Scottish Leaving Certificate Examination, 1958
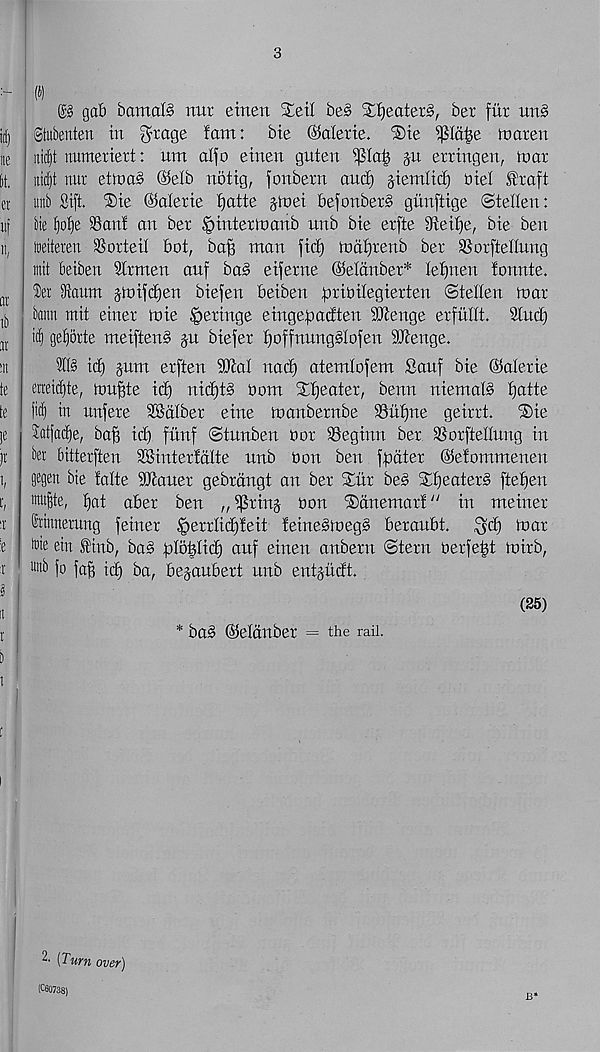
3
(f)
gab bamaB mtr eirtett STeil be§ Xf)eater§, ber fur urB
gtubenten in
bte ©alette. ®ie i|3Ia|e tnaren
ntcf)t numeriert: um alfo etnen guten
ju erringen, tear
itidjt nur ettnaS ©elb notig, fonbern and) giemlid^ oiel l^raft
unb Sift. ®ie Valerie t)atte jtnei befonbeB gunftige ©tellen:
tie t)ot)e Sant an ber tpinter>nanb unb bie erfte 9teit)e, bie ben
iDeiteren Sorteil bot, ba^ man fid) Bdtjrenb ber Sorftedung
mit beiben Strmen auf ba§ eiferne ©eldnber* letmen tonnte.
®er iRaum jtoifdjen biefen beiben fuioilegierten ©tellen mar
baitn mit einer toie ^eringe eingefoadten SJtenge erfultt. 2lui^
gef)6rte meiften§ ju biefer f)offnung§Iofen SDRenge.
?([§ id) jam erften 93tat nad) atemlofem Sauf bie ©alerie
eneidjte, tou^te id) nid)t§ Oom Xtjeater, benn niemaB tjatte
fid) in unfere SSdtber eine toanbernbe Siitjne geirrt.
®ie
Jatfad^e, ba^ id) fiinf ©tunben Oor Seginn ber Sorfteltung in
ber bitterften SSintertdlte unb oon ben fpdter ©etommenen
gegen bte talte ibiauer gebrdngt an ber Xiir bes Xt)eaters ftefien
wuite, fjat aber ben „if?rinj oon iSdnemart^ in meiner
Srimtemng feiner |)errlid)teit !eine§toeg§ beraubt.
$d) toar
it)ie ein Stnb, ba§ plo^Iid) auf eiuen anberu ©tern oerfegt toirb,
wtb fo fa§ id) ba, bejaubert unb ent^udt.
* ba§ ©etdnber = the rail.
(25)
2- (Turn over)
£60738)